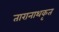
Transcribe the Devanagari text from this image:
तारानाथकृत